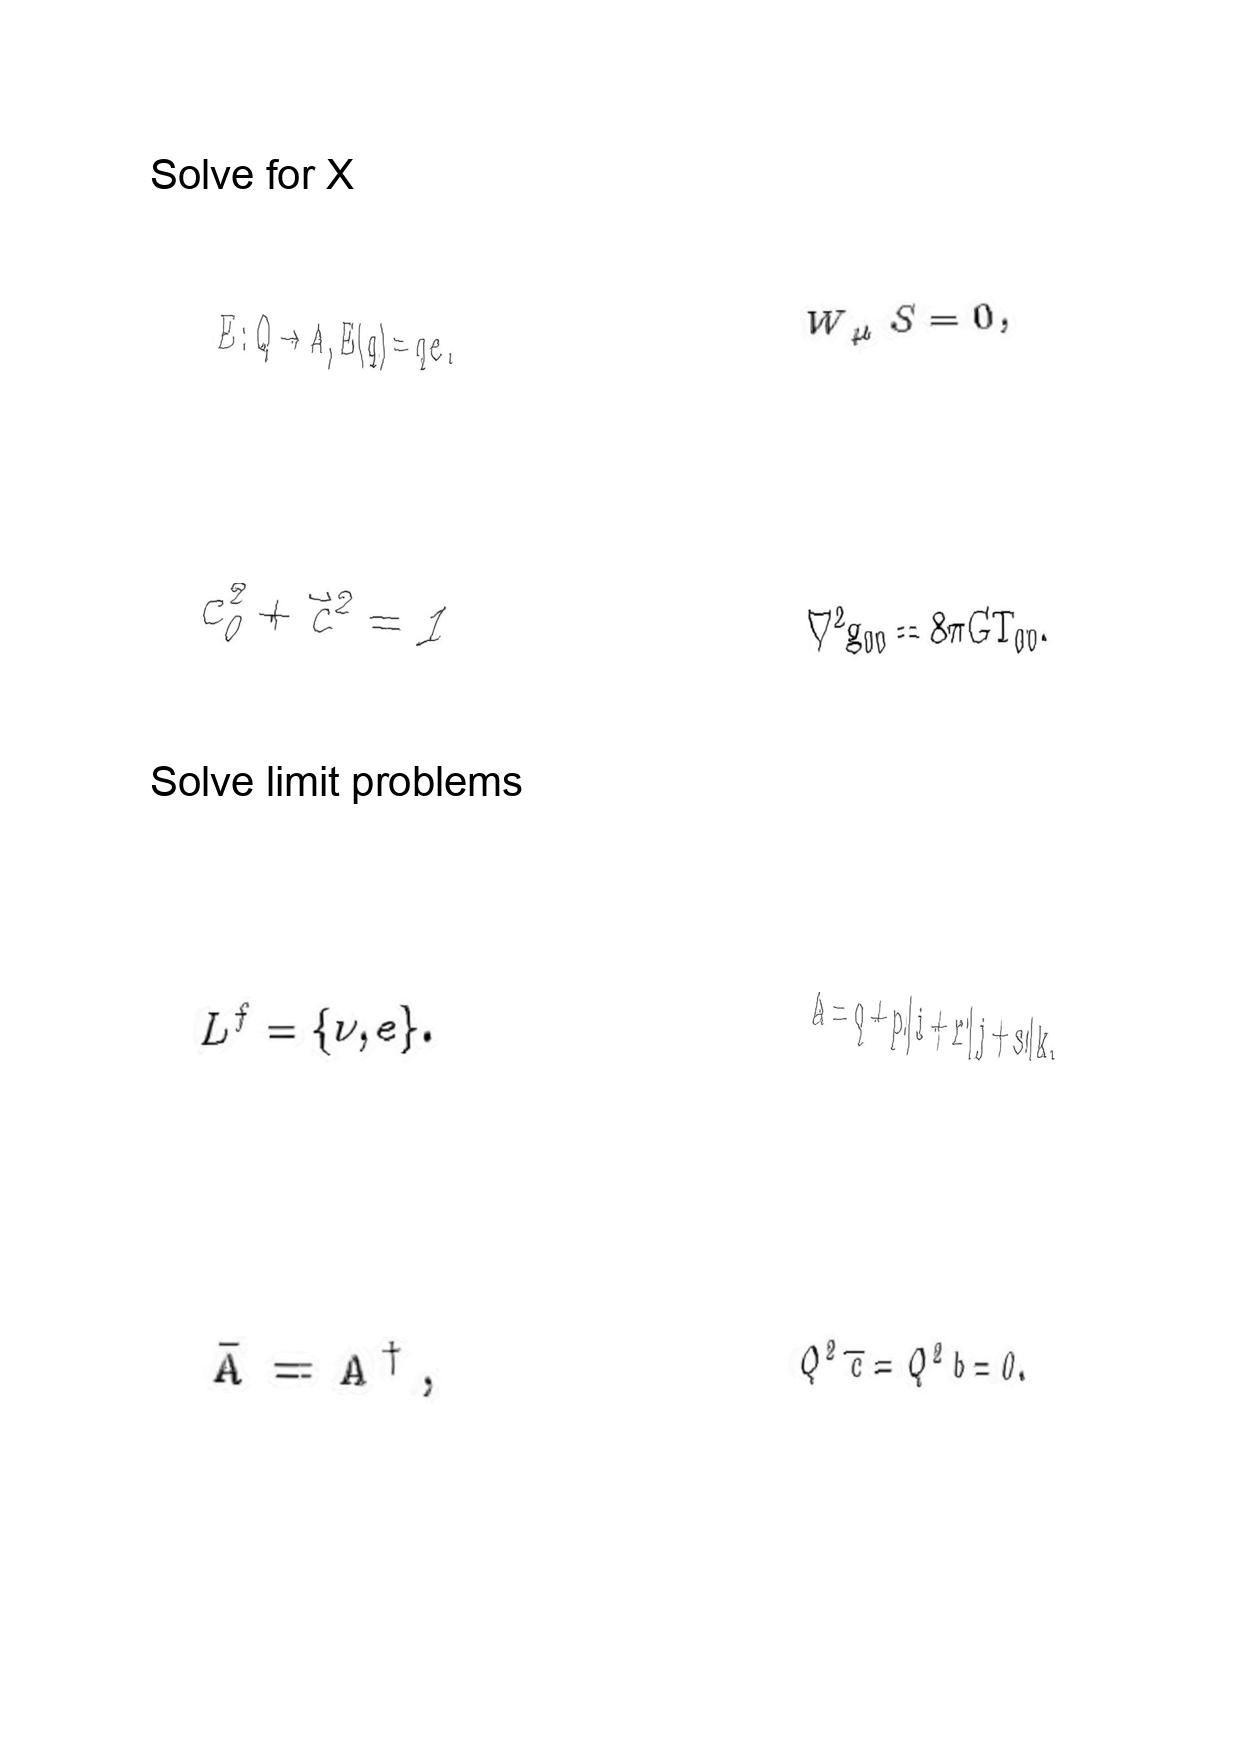
LaTeX transcription:
E : Q \to A , E \lparen q \rparen = q e .
c _ { 0 } ^ { 2 } + \vec { c } ^ { 2 } = 1
L ^ { f } = \lbrace \nu , e \rbrace .
\bar { A } = A ^ { \dagger } ,
W _ { \mu } S = 0 ,
\nabla ^ { 2 } g _ { 0 0 } = 8 \pi G T _ { 0 0 } .
A = q + p \vert i + r \vert j + s \vert k ,
Q ^ { 2 } \overline { c } = Q ^ { 2 } b = 0 .